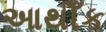
આથીઁક